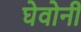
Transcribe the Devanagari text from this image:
घेवोनी